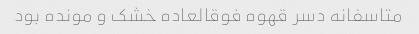
متاسفانه دسر قهوه فوقالعاده خشک و مونده بود